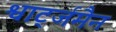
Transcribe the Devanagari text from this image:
श्वार्ट्जमैन